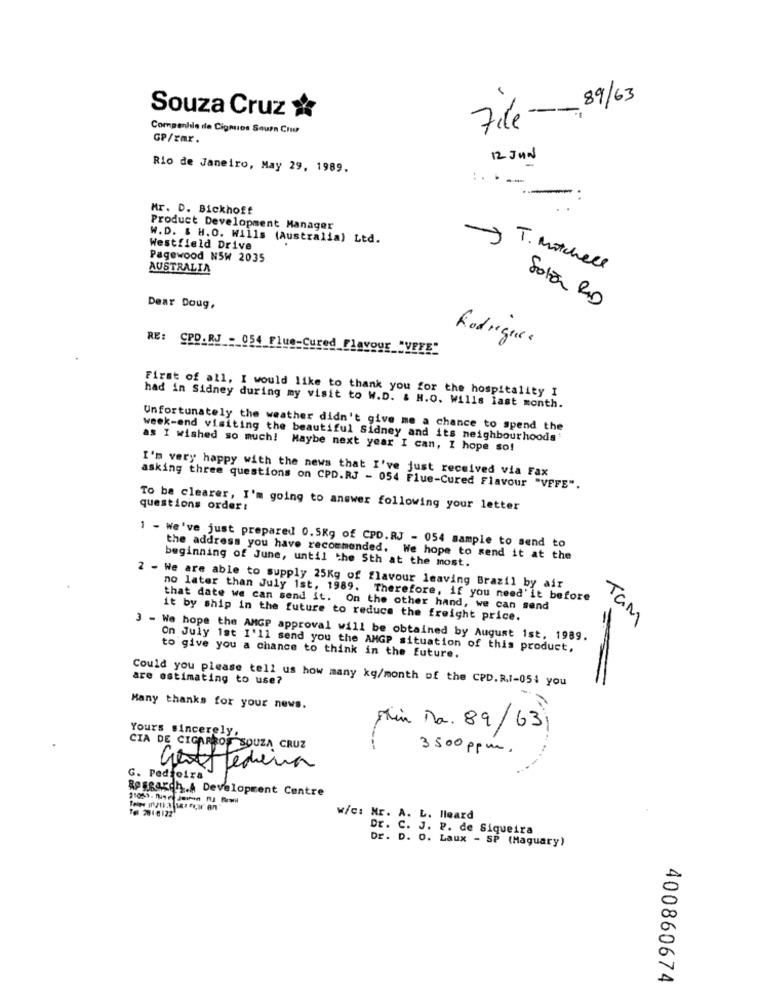
File-89/63
Souza Cruz &
Companhile de Ciganos Sourn Chu
GP/xmr.
12 JUN
Rio de Janeiro, May 29, 1989.
.. .
Mr. D. Bickhoff
Product Development Manager
W.D. & H.O. Wills (Australia) Ltd.
Westfield Drive
Pagewood NSW 2035
AUSTRALIA
T. Mitchell
Dear Doug,
Solar RID
Rodrigues
RE: CPD.RJ - 054 Flue-Cured_Flavour_"VEEE-
First of all, I would like to thank you for the hospitality I
had in Sidney during my visit to W.D. & H.O. Wills last month.
Unfortunately the weather didn't give me a chance to spend the
week-end visiting the beautiful Sidney and its neighbourhoods'
as I wished so much! Maybe next year I can, I hope so!
I'm very happy with the news that I've just received via Fax
asking three questions on CPD.RJ - 054 Flue-Cured Flavour "VFFE".
To be clearer, I'm going to answer following your letter
questions order:
1 - We've just prepared 0.5Kg of CPD.RJ - 054 sample to send to
the address you have recommended. We hope to send it at the
beginning of June, until the 5th at the most.
2 - We are able to supply 25Kg of flavour leaving Brazil by air
no later than July 1st, 1989. Therefore, if you need'it before
that date we can send it. On the other hand, we can send
it by ship in the future to reduce the freight price.
TAM
3 - We hope the AMGP approval will be obtained by August 1st, 1989.
On July 1st I'll send you the AMGP situation of this product,
to give you a chance to think in the future.
Could you please tell us how many kg/month of the CPD.R.1-054 you
are estimating to use?
Many thanks for your news.
shin Ra. 89/63
Yours sincerely,
--
--
3500 ppm.
Efterdina
G. Pedreira
Research .. Development Centre
w/c: Mr. A. L. Heard
Dr. C. J. P. de Siqueira
Dr. D. O. Laux - SP (Maguary)
400860674